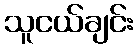
သူငယ်ချင်း